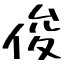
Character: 俊